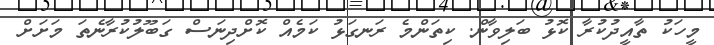
މީހަކު ތާއީދުކުރާ ކޮޅު ބަލިވާން. ކިތަންމެ ރަނގަޅު ކަމެއް ކޮށްދިނަސް ގަބޫލުކުރާނެތަ މަށަށް